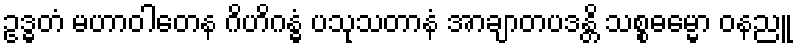
ဥဒ္ဓတံ မဟာဝါတေန ဂိဟိဂန္ဓံ ပသုသတာနံ အာချာတပဒန္တိ သစ္စဓမ္မော ဝနညူ